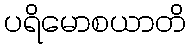
ပရိမောစယာတိ